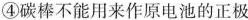
④碳棒不能用来作原电池的正极